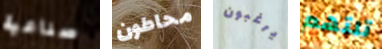
صناعية محاطون يرغبون تلتهم